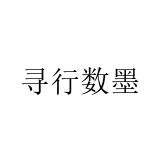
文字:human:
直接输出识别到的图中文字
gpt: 寻行数墨